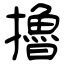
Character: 擼